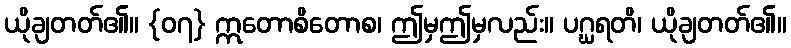
ယိုချတတ်၏။ {၀၇} ဣတောစိတောစ၊ ဤမှဤမှလည်း။ ပဂ္ဃရတိ၊ ယိုချတတ်၏။